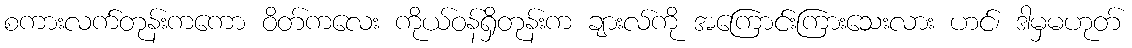
စကားလက်တုန်းကကော ဝိတ်ကလေး ကိုယ်ဝန်ရှိတုန်းက ချားလ်ကို အကြောင်းကြားသေးလား ဟင်၊ ဒါမှမဟုတ်